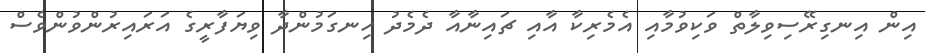
އިން އިނގިރޭސިވިލާތް ވަކިވުމާއި އެމެރިކާ އާއި ޗައިނާއާ ދެމެދު ހިނގަމުންދާ ވިޔަފާރީގެ އަރައިރުންވުންވެސް